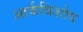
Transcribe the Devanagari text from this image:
आर्कबिशोप